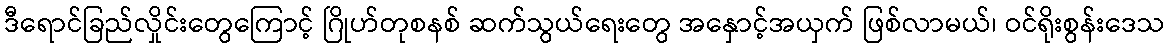
ဒီရောင်ခြည်လှိုင်းတွေကြောင့် ဂြိုဟ်တုစနစ် ဆက်သွယ်ရေးတွေ အနှောင့်အယှက် ဖြစ်လာမယ်၊ ဝင်ရိုးစွန်းဒေသ